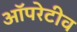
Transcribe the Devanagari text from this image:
ऑपरेटीव